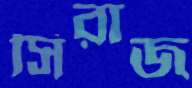
সিরাজ